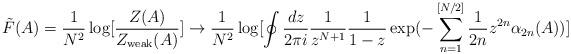
LaTeX: \begin{align*}\tilde{F}(A)=\frac{1}{N^2} \log [\frac{Z(A)}{Z_{{\rm weak}}(A)}] \to\frac{1}{N^2} \log [ \oint \frac{ dz }{2\pi i} \frac{1}{z^{N+1}} \frac{1}{1-z} \exp(-\sum_{n=1}^{[N/2]} \frac{1}{2n} z^{2n} \alpha_{2n}(A) ) ]\end{align*}